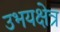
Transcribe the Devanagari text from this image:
उभयक्षेत्र